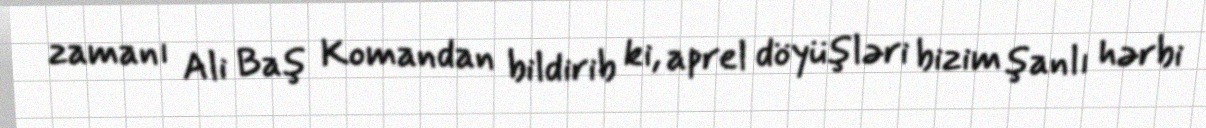
zamanı Ali Baş Komandan bildirib ki, aprel döyüşləri bizim şanlı hərbi